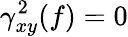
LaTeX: \gamma_{xy}^{2}(f)=0